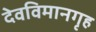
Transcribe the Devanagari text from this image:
देवविमानगृह